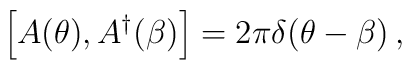
\left[A(\theta),A^{\dagger}(\beta)\right]=2\pi\delta(\theta-\beta)\, ,